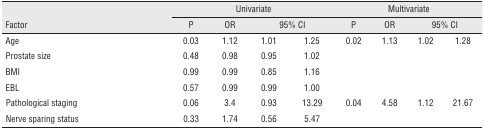
| <ROWSPAN=2> Factor | <COLSPAN=4> Univariate | <COLSPAN=4> Multivariate |
 | P | OR | <COLSPAN=2> 95% CI | P | OR | <COLSPAN=2> 95% CI |
 | --- | --- | --- | --- | --- | --- | --- | --- | --- |
 | Age | 0.03 | 1.12 | 1.01 | 1.25 | 0.02 | 1.13 | 1.02 | 1.28 |
 | Prostate size | 0.48 | 0.98 | 0.95 | 1.02 |  |  |  |
 | BMI | 0.99 | 0.99 | 0.85 | 1.16 |  |  |  |
 | EBL | 0.57 | 0.99 | 0.99 | 1.00 |  |  |  |
 | Pathological staging | 0.06 | 3.4 | 0.93 | 13.29 | 0.04 | 4.58 | 1.12 | 21.67 |
 | Nerve sparing status | 0.33 | 1.74 | 0.56 | 5.47 |  |  |  |